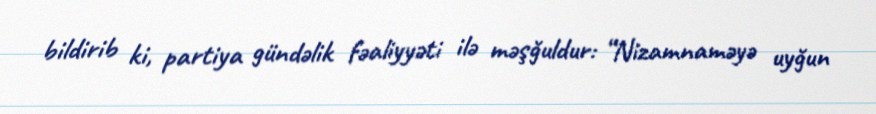
bildirib ki, partiya gündəlik fəaliyyəti ilə məşğuldur: “Nizamnaməyə uyğun